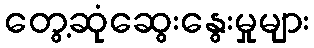
တွေ့ဆုံဆွေးနွေးမှုများ